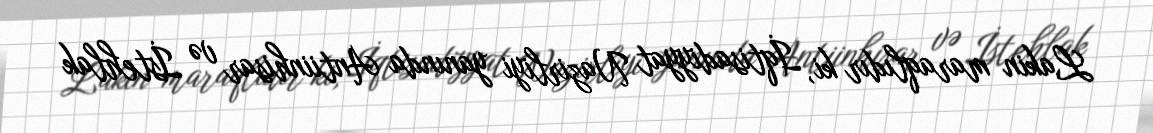
Lakin maraqlıdır ki, İqtisadiyyat Nazirliyi yanında Antiinhisar və İstehlak